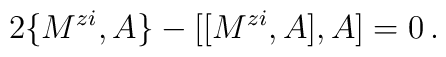
2\{M^{zi},A\}-[[M^{zi},A],A]=0\,.